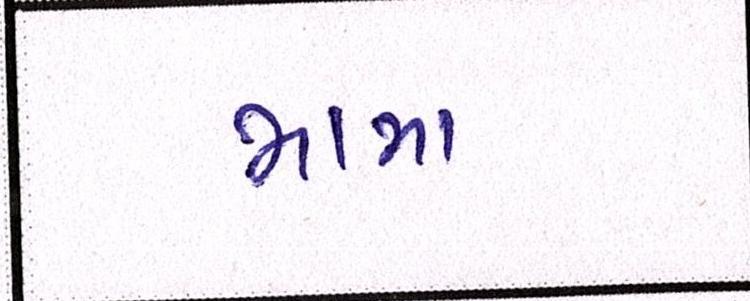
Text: મામા